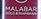
malabar